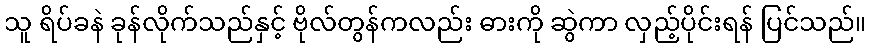
သူ ရိပ်ခနဲ ခုန်လိုက်သည်နှင့် ဗိုလ်တွန်ကလည်း ဓားကို ဆွဲကာ လှည့်ပိုင်းရန် ပြင်သည်။